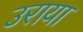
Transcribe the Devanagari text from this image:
उराया